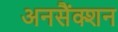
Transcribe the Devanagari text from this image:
अनसैंक्शन